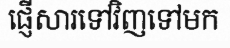
ផ្ញើសារទៅវិញទៅមក